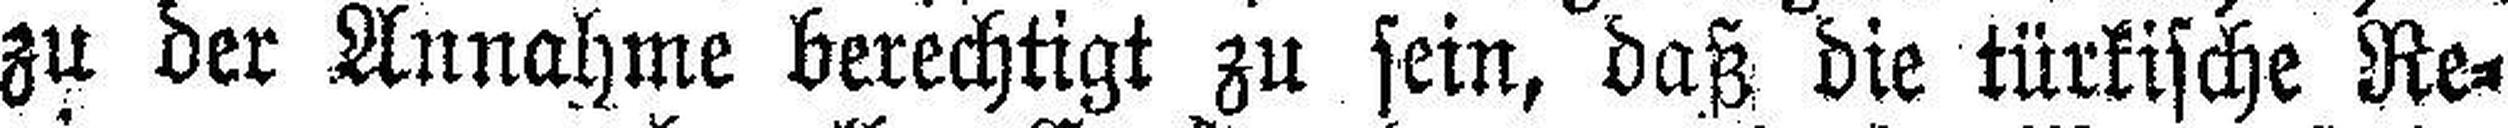
zu der Annahme berechtigt zu sein, daß die türkische Re¬